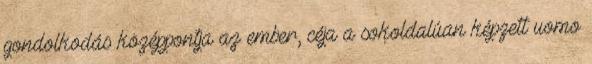
gondolkodás középpontja az ember, céja a sokoldalúan képzett uomo